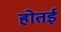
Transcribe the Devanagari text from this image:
होतई